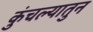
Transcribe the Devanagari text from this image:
कुंचल्यातुन